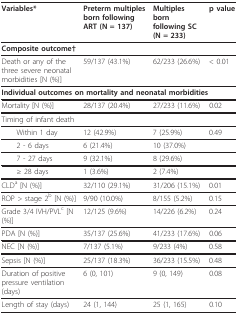
| Variables* | Preterm multiples born following ART (N = 137) | Multiples born following SC (N = 233) | p value |
 | --- | --- | --- | --- |
 | <COLSPAN=4> Composite outcome† |
 | Death or any of the three severe neonatal morbidities [N (%)] | 59/137 (43.1%) | 62/233 (26.6%) | < 0.01 |
 | <COLSPAN=4> Individual outcomes on mortality and neonatal morbidities |
 | Mortality [N (%)] | 28/137 (20.4%) | 27/233 (11.6%) | 0.02 |
 | <COLSPAN=4> Timing of infant death |
 | Within 1 day | 12 (42.9%) | 7 (25.9%) | 0.49 |
 | 2 - 6 days | 6 (21.4%) | 10 (37.0%) |  |
 | 7 - 27 days | 9 (32.1%) | 8 (29.6%) |  |
 | ≥ 28 days | 1 (3.6%) | 2 (7.4%) |  |
 | CLDa [N (%)] | 32/110 (29.1%) | 31/206 (15.1%) | 0.01 |
 | ROP > stage 2b [N (%)] | 9/90 (10.0%) | 8/155 (5.2%) | 0.15 |
 | Grade 3/4 IVH/PVLc [N (%)] | 12/125 (9.6%) | 14/226 (6.2%) | 0.24 |
 | PDA [N (%)] | 35/137 (25.6%) | 41/233 (17.6%) | 0.06 |
 | NEC [N (%)] | 7/137 (5.1%) | 9/233 (4%) | 0.58 |
 | Sepsis [N (%)] | 25/137 (18.3%) | 36/233 (15.5%) | 0.48 |
 | Duration of positive pressure ventilation (days) | 6 (0, 101) | 9 (0, 149) | 0.08 |
 | Length of stay (days) | 24 (1, 144) | 25 (1, 165) | 0.10 |